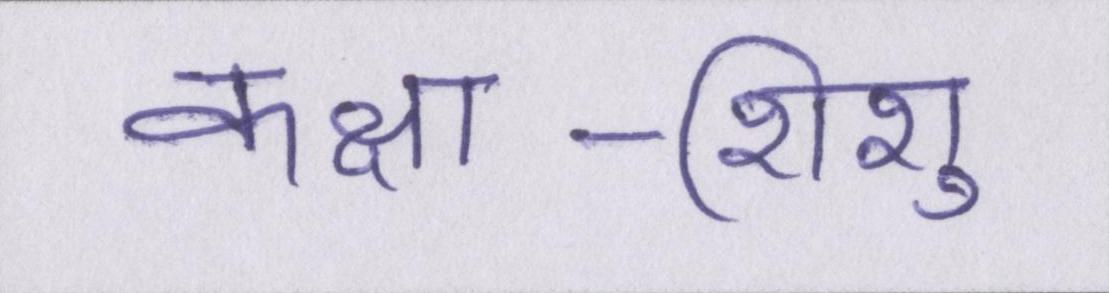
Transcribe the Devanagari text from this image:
कक्षा-शिशु